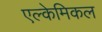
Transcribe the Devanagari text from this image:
एल्केमिकल